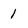
Character: 1